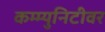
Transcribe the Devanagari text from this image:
कम्म्युनिटीवर